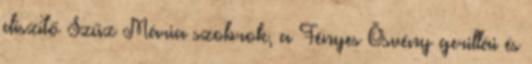
díszítő Szűz Mária szobrok, a Fényes Ösvény gerillái és